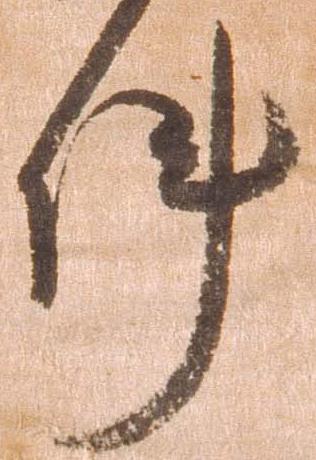
件